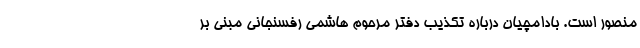
منصور است. بادامچیان درباره تکذیب دفتر مرحوم هاشمی رفسنجانی مبنی بر